Annual report of the Imperial Bacteriologist
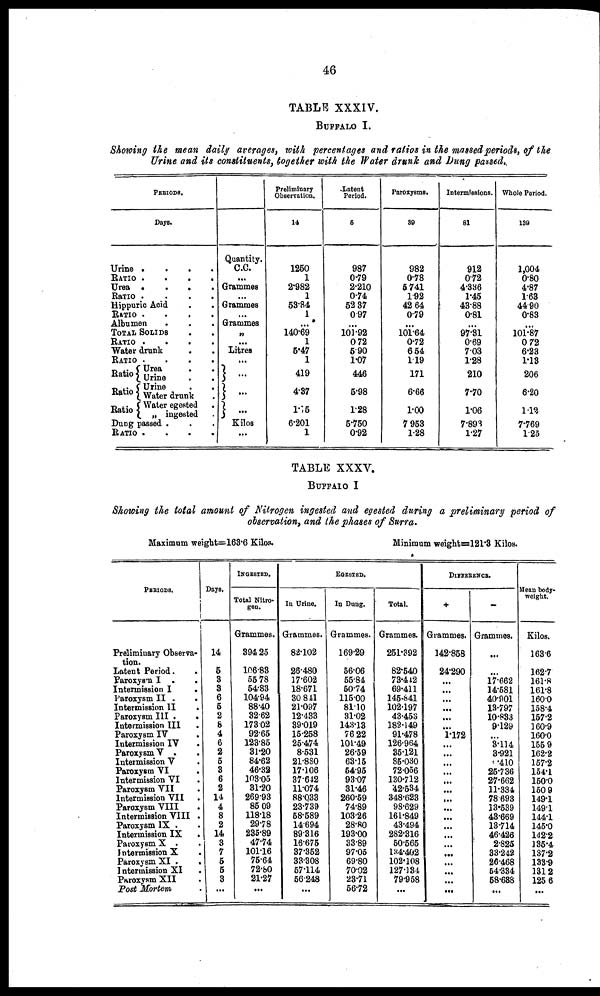
46
TABLE XXXIV.
BUFFALO I.
Showing the mean daily averages, with percentages and ratios in the massed periods, of the
Urine and its constituents, together with the Water drunk and Dung passed.
PERIODS.
Days.
Urine
.
.
.
.
RATIO
....
Urea
.
.
.
.
Ratio
.
.
.
.
Hippuric Acid
RATIO .
Albumen
TOTAL SOLIDS .
RATIO
....
Water drunk
RATIO
.
Ratio {Urea
Urine
.
.
{Urine
Ratio Water drunk
{water egested
Ratio Water drunk
Dung passed .
RATIO. .
Quantity.
C.C.
...
Grammes
...
Grammes
...
Grammes
„
...
Litres
...
} .
} ...
}...
Kilos
...
Preliminary
Observation.
14
1250
1
2.982
1
53.84
1
...
140.69
1
5.47
1
419
4.37
1.15
6.201
1
Latent
Period.
5
987
0.79
2.210
0.74
52.37
0.97
...
101.92
0.72
5.90
1.07
446
5.98
1.28
5.750
0.92
Paroxysms.
39
982
0.78
5.741
1.92
42.64
0.79
...
101.64
0.72
6.54
1.19
171
6.66
1.00
7.953
1.28
Intermissions.
81
912
0.72
4.336
1.45
43.88
0.81
...
97.31
0.69
7.03
1.28
210
7.70
1.06
7.893
1.27
Whole Period.
139
1,004
0.80
4.87
1.63
44.90
0.83
...
101.87
0.72
6.23
1.18
206
6.20
1.12
7.769
1.25
TABLE XXXV.
BUFFALO I
Showing the total amount of Nitrogen ingested and egested during a preliminary period of
observation, and the phases of Surra.
Maximum weight=163.6 Kilos.
Minimum weight=121.3 Kilos.
PERIODS.
Preliminary Observa-
tion.
Latent Period.
paroxysm. I .
.
Intermission I
.
Paroxysm II .
.
Intermission
II
.
Paroxysm III .
.
Intermission III
Paroxysm IV
Intermission IV .
Paroxysm V .
Intermission V
Paroxysm VI
Intermission VI
Paroxysm VII
Intermission VII
.
Paroxysm VIII
Intermission VIII .
Paroxysm IX .
Intermission IX
.
Paroxysm X .
Intermission X
Paroxysm XI .
Intermission XI
Paroxysm XII
Post Mortem
Days.
14
5
3
3
6
5
2
8
4
6
2
5
3
6
2
14
4
8
2
14
3
7
5
5
3
...
INGESTED.
Total Nitro-
gen.
Grammes.
394.25
106.83
55.78
54.83
104.94
88.40
32.62
173.02
92.65
123.85
31.20
84.62
46.32
10305
31.20
269.93
85.09
118.18
29.78
235.89
47.74
101.16
75.64
72.80
21.27
...
In Urine.
Grammes.
82.102
26.480
17.602
18.671
30.841
21.097
12.433
39.019
15.258
25.474
8.531
21.880
17.106
37.642
11.074
88.033
23.739
58.589
14.694
89.316
16.675
37.352
33.308
57.114
56.248
...
EGESTED.
In Dung.
Grammes.
169.29
56.06
55.84
50.74
115.00
81.10
31.02
143.13
76.22
101.49
26.59
63.15
54.95
93.07
31.46
260.59
74.89
103.26
28.80
193.00
33.89
97.05
69.80
70.02
23.71
56.72
Total.
Grammes.
251.392
82.540
73.442
69.411
145.841
102.197
43.453
182.149
91.478
126.964
35.121
85.030
72.056
130.712
42.534
348.623
98.629
161.849
43.494
282.316
50.565
134.402
102.108
127.134
79.958
...
DIFFERENCE.
+
Grammes.
142.858
24.290
...
...
...
...
1.172
...
...
...
...
...
...
...
...
...
...
...
...
...
...
...
...
...
-
Grammes.
...
...
17.662
14.581
40.901
13.797
10.833
9.129
...
3.114
3.921
410
25.736
27.662
11.334
78.693
13.539
43.669
13.714
46.426
2.825
33.242
26.468
54.334
58.688
...
Mean body.
weight.
Kilos.
163.6
162.7
161.8
161.8
160.0
158.4
157.2
160.9
160.0
155.9
162.2
157.2
154.1
150.0
150.9
149.1
149.1
144.1
145.0
142.2
135.4
137.2
133.9
131.2
125.6
...